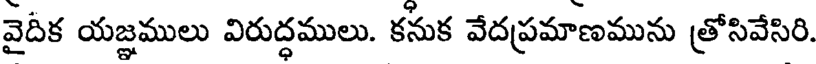
వైదీక యజ్ఞములు విరుద్ధములు. కనుక వేదప్రమాణమును త్రోసివేసిరి.